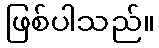
ဖြစ်ပါသည်။